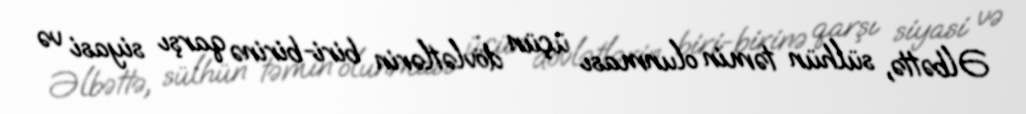
Əlbəttə, sülhün təmin olunması üçün dövlətlərin biri-birinə qarşı siyasi və